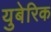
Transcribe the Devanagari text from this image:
युबेरिक